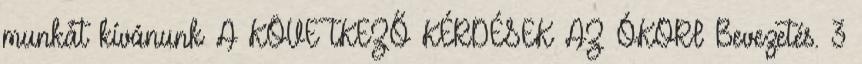
munkát kívánunk A KÖVETKEZŐ KÉRDÉSEK AZ ÓKORI Bevezetés. 3